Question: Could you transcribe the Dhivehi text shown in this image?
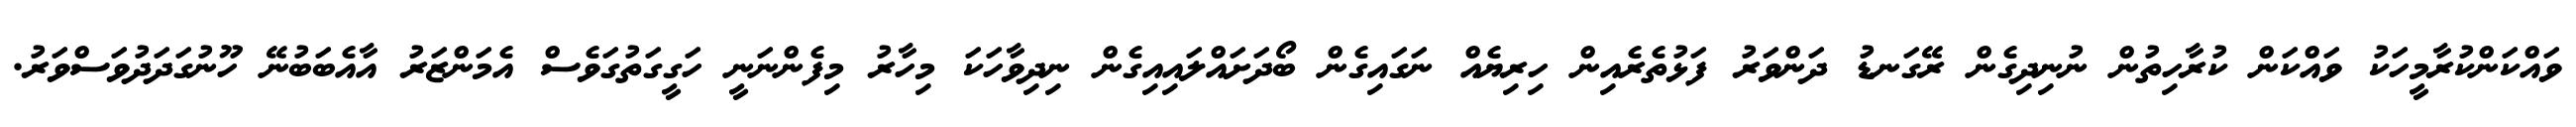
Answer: ވައްކަންކުރާމީހަކު ވައްކަން ކުރާހިތުން ނުނިދިގެން ރޭގަނޑު ދަންވަރު ފަޅުތެރެއިން ހިރިޔެއް ނަގައިގެން ބޯދަށައްލައިއިގެން ނިދިވާހަކަ މިހާރު މިފެންނަނީ ހަގީގަތުގަވެސް އެމަންޒަރު އާއެބަބުނޭ ހޫނުގަދަދުވަސްވަރު.